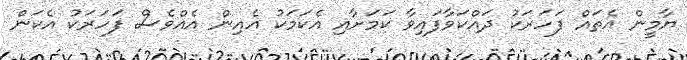
ޔާމީން އެތައް ފަހަރަކު ދައްކަވާފައިވާ ކަމަށާއި އެކަމަކު އެއިން އެއްވެސް ފަހަރަކު އެކަން